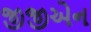
જીજીએન